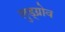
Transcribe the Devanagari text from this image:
लुड्ग्रोव